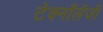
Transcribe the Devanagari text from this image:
टेक्नॉलॅजी